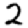
Digit: 2